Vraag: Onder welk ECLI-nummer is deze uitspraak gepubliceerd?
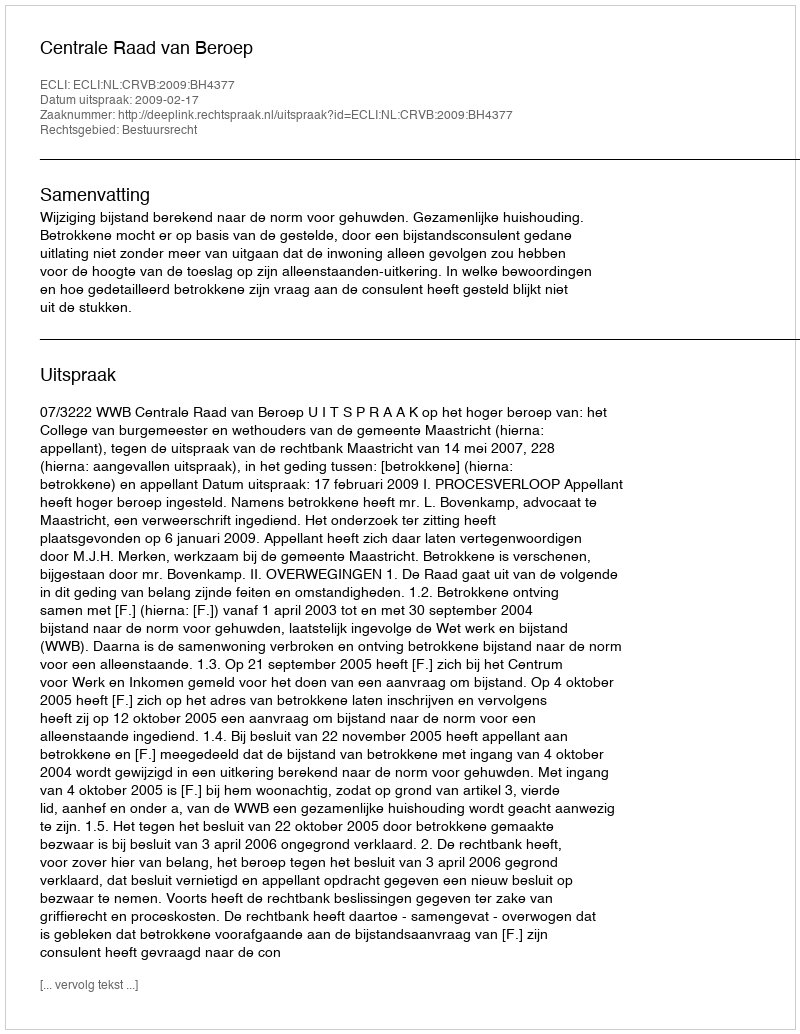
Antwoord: ECLI:NL:CRVB:2009:BH4377